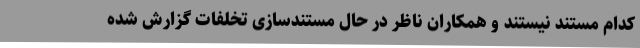
کدام مستند نیستند و همکاران ناظر در حال مستندسازی تخلفات گزارش شده